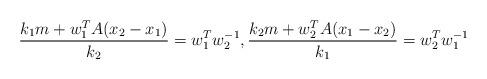
LaTeX: \begin{align*} \frac{ k_1 m + w^T_1 A(x_2-x_1)}{k_2} = w^T_1 w^{-1}_{2} , \frac{ k_2 m + w^T_2 A(x_1-x_2)}{k_1} = w^T_2 w^{-1}_{1} \end{align*}